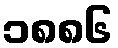
၁၈၈၆